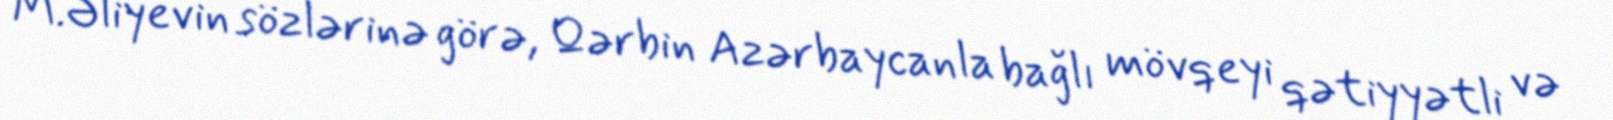
M.Əliyevin sözlərinə görə, Qərbin Azərbaycanla bağlı mövqeyi qətiyyətli və